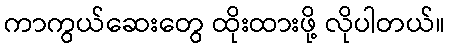
ကာကွယ်ဆေးတွေ ထိုးထားဖို့ လိုပါတယ်။